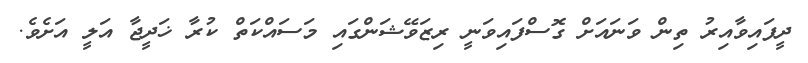
ދީފައިވާއިރު ތިން ވަނައަށް ގޮސްފައިވަނީ ރިޒަވޭޝަންގައި މަސައްކަތް ކުރާ ޚަދީޖާ އަލީ އަށެވެ.